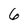
Character: 6